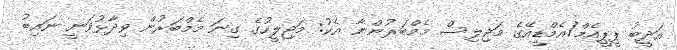
އަދީބު ޕީޕީއެމް/އެމްޑީއޭގެ މަޖިލިސް މެމްބަރުންނާ އެކު: މަޖިލީހުގެ ގިނަ މެމްބަރުން ވިދާޅުވަނީ ނައިބު